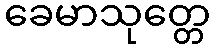
ခေမာသုတ္တေ